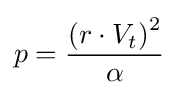
p={\frac {{(r\cdot V_{t})}^{2}}{\alpha }}